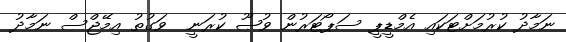
ނަމާދު ކުރުމަށްޓަކައި އެމްޑީޕީ ސަޕޯޓަރުން ވުޞޫ ކުރަނީ  ވަގުތު އިމޭޖްސް ނަމާދު